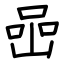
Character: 喦